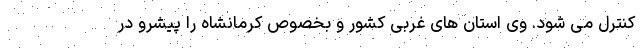
کنترل می شود. وی استان های غربی کشور و بخصوص کرمانشاه را پیشرو در